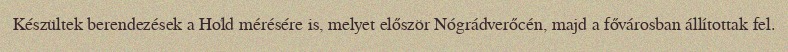
Készültek berendezések a Hold mérésére is, melyet először Nógrádverőcén, majd a fővárosban állítottak fel.